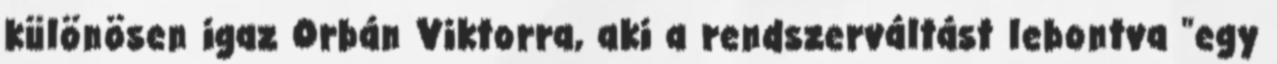
különösen igaz Orbán Viktorra, aki a rendszerváltást lebontva "egy